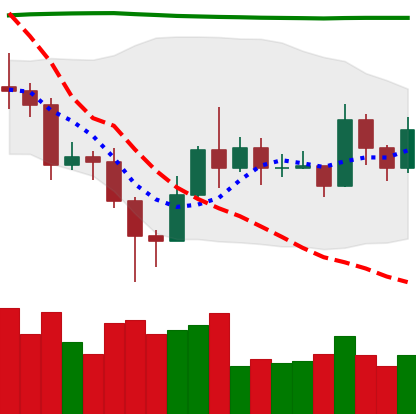
Ticker: EOS-USD
Chart end date: 2020-11-16
Forward return: 24.862%
Label: up_7plus